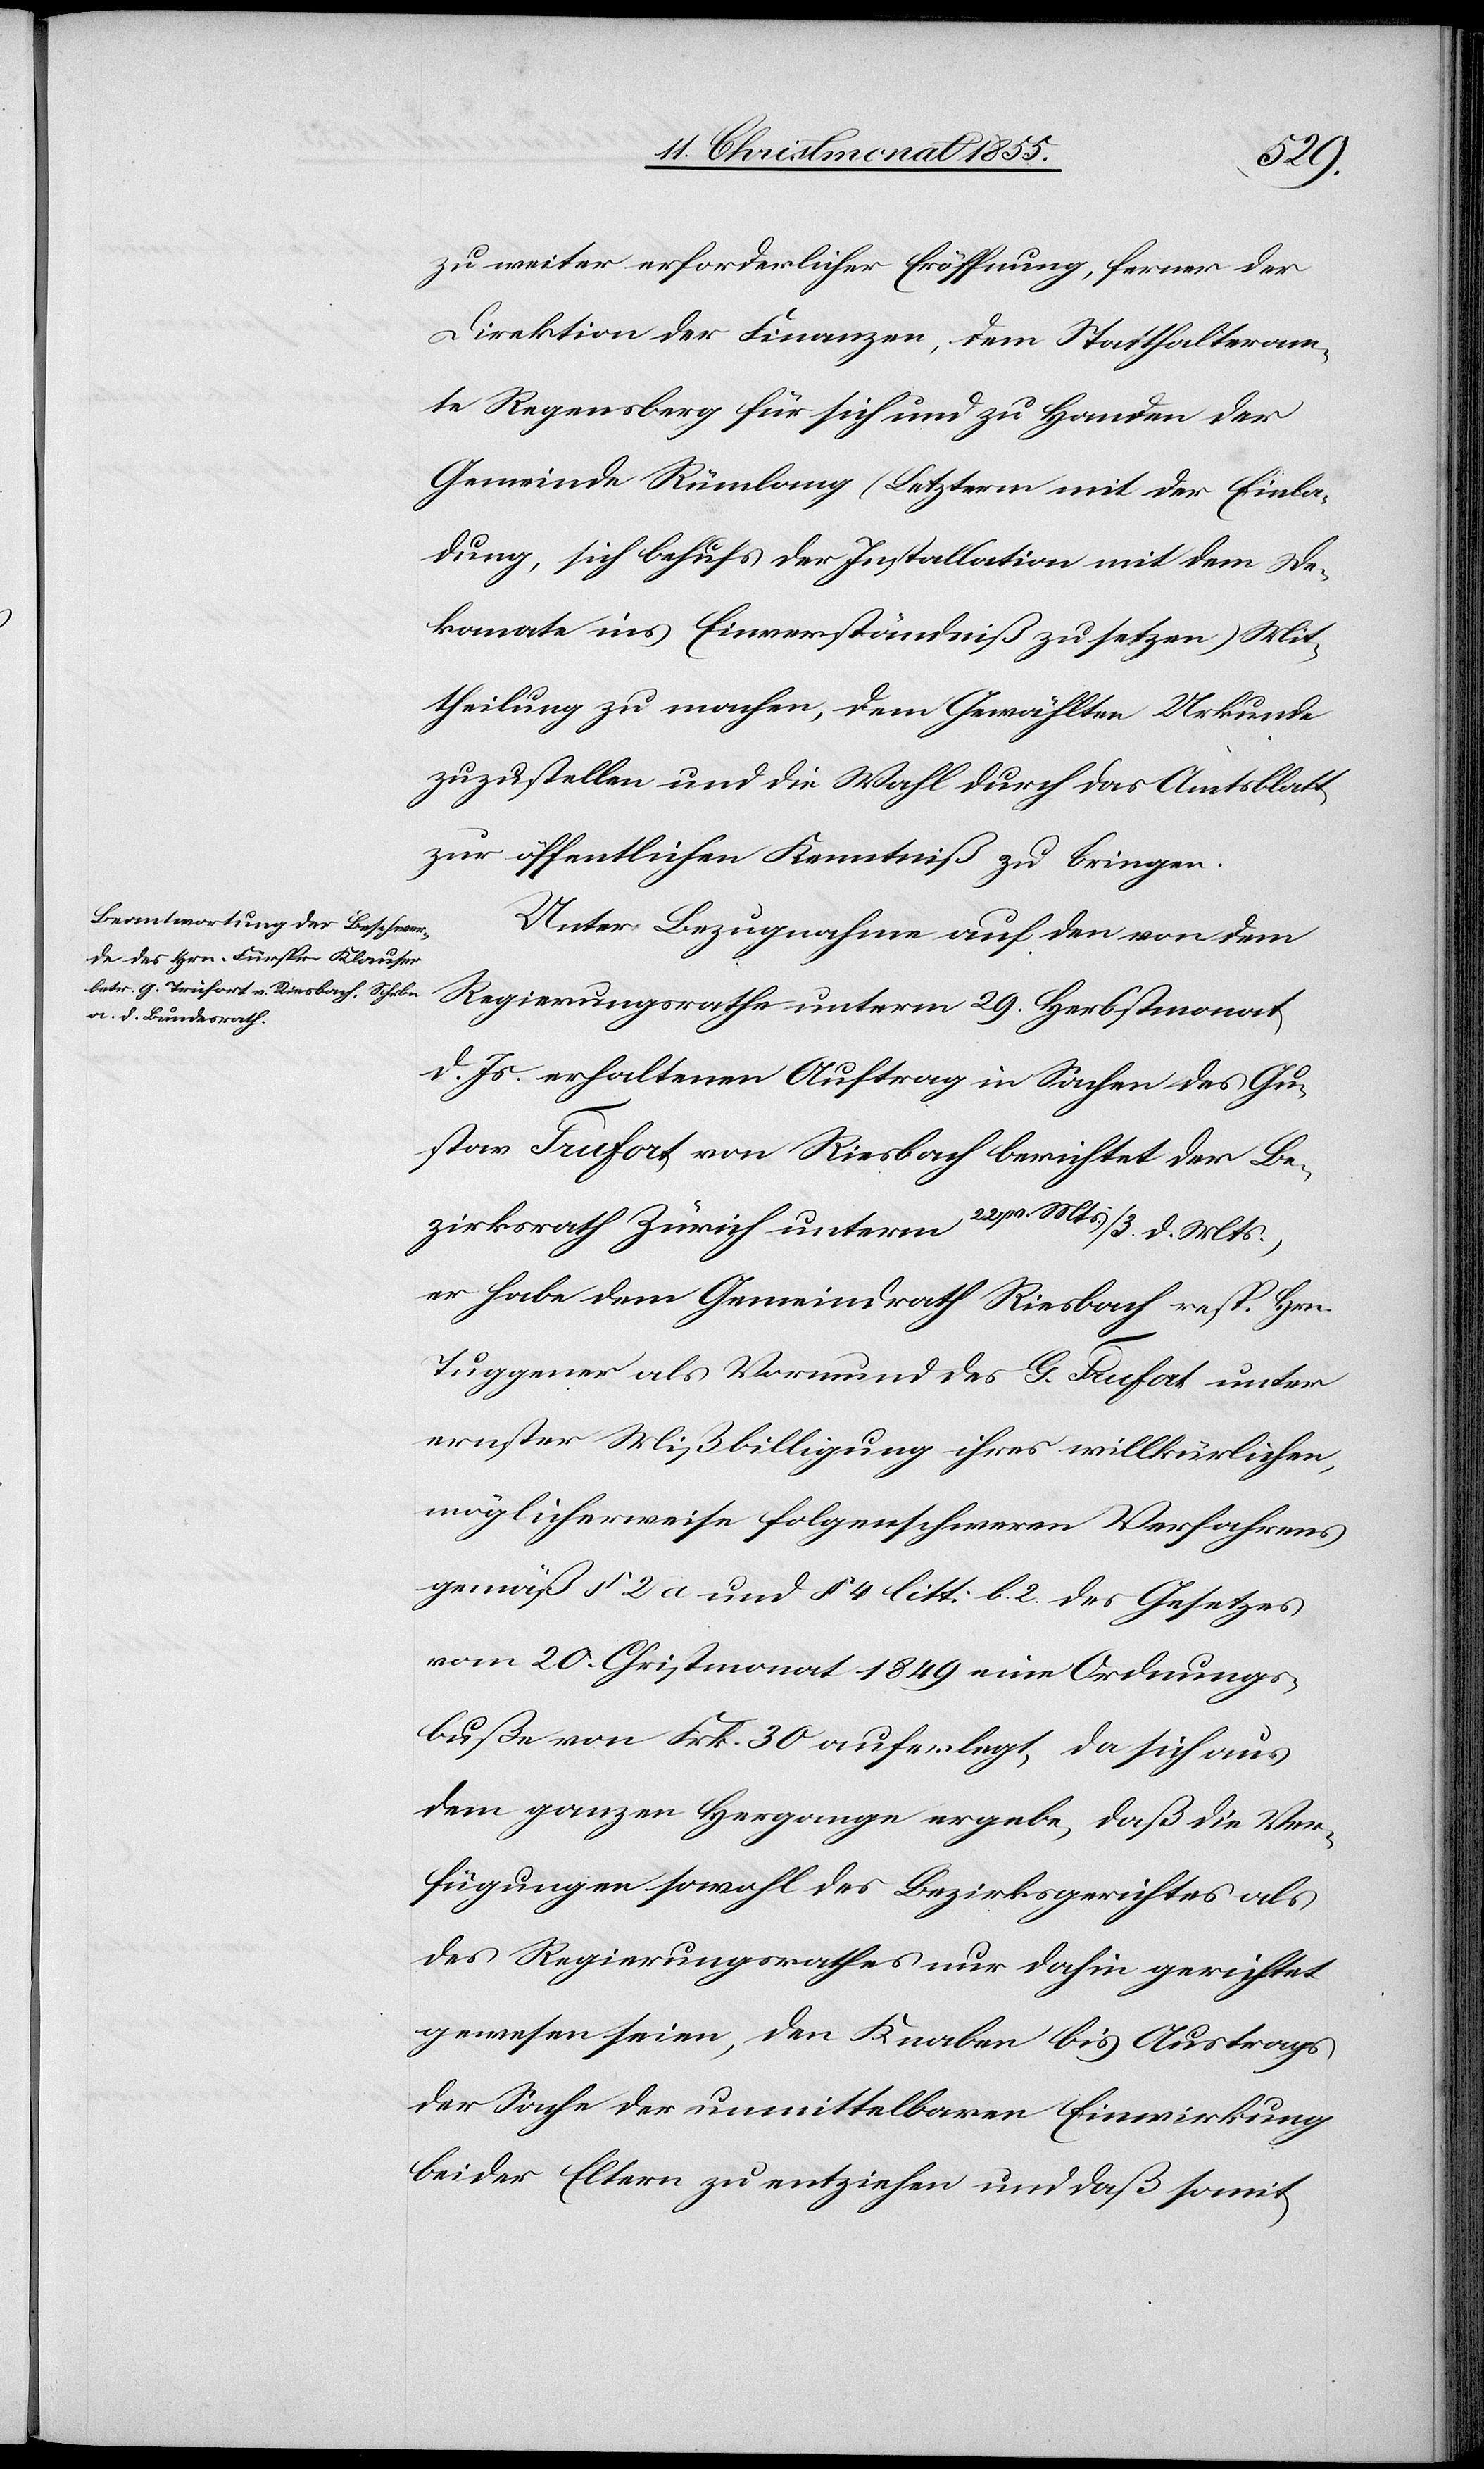
zu weiter erforderlicher Eröffnung, ferner der
Direktion der Finanzen, dem Statthalteram¬
te Regensberg für sich und zu Handen der
Gemeinde Rümlang (Letzterm mit der Einla¬
dung, sich behufs der Installation mit dem De¬
kanate ins Einverständniß zu setzen) Mit¬
theilung zu machen, dem Gewählten Urkunde
zuzustellen und die Wahl durch das Amtsblatt
zur öffentlichen Kenntniß zu bringen.
Unter Bezugnahme auf den von dem
Regierungsrathe unterm 29. Herbstmonat
d. Js. erhaltenen Auftrag in Sachen des Gu¬
stav Trufort von Riesbach berichtet der Be¬
zirksrath Zürich unterm 22. v. Mts. / 3. d. Mts.,
er habe dem Gemeindrath Riesbach resp. Hrn.
Tuggener als Vormund des G. Trufort unter
ernster Mißbilligung ihres willkürlichen,
möglicherweise folgenschweren Verfahrens
gemäß § 2 a und § 4 litt: b. 2. des Gesetzes
vom 20. Christmonat 1849 eine Ordnungs¬
buße von Frk. 30 auferlegt, da sich aus
dem ganzen Hergange ergebe, daß die Ver¬
fügungen sowohl des Bezirksgerichtes als
des Regierungsrathes nur dahin gerichtet
gewesen seien, den Knaben bis Austrags
der Sache der unmittelbaren Einwirkung
beider Eltern zu entziehen und daß somit